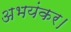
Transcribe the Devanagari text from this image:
अभयंकर।